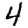
Digit: 4